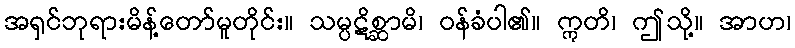
အရှင်ဘုရားမိန့်တော်မူတိုင်း။ သမ္ပဋိစ္ဆာမိ၊ ဝန်ခံပါ၏။ ဣတိ၊ ဤသို့။ အာဟ၊